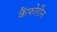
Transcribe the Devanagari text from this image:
कैंफोरीन